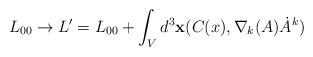
LaTeX: \begin{align*}L_{00} \rightarrow L' = L_{00} + \int_{V} d^{3}{\bf x} (C(x), \nabla_{k}(A)\dot{A}^{k})\end{align*}